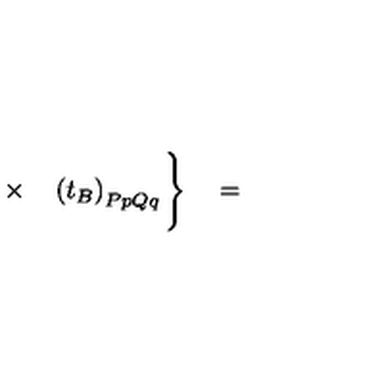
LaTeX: \times \quad \left( t _ { B } \right) _ { P p Q q } \Bigg \} \quad =